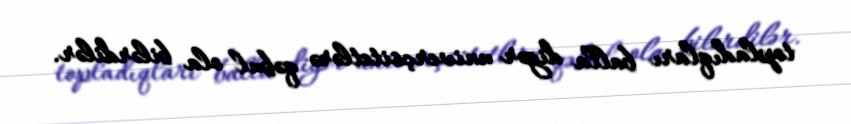
topladıqları balla digər univerçsitetlərə qəbul ola bilərdilər.